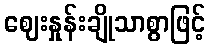
ဈေးနှုန်းချိုသာစွာဖြင့်